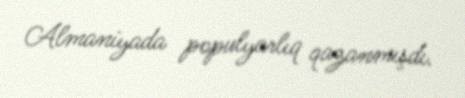
Almaniyada populyarlıq qazanmışdı.